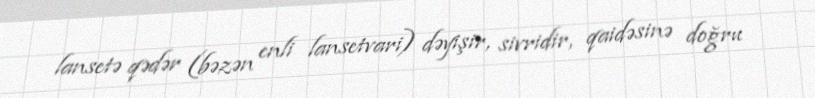
lansetə qədər (bəzən enli lansetvari) dəyişir, sivridir, qaidəsinə doğru